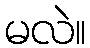
မလဲ။